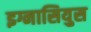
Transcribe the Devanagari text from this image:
इग्नासियुस